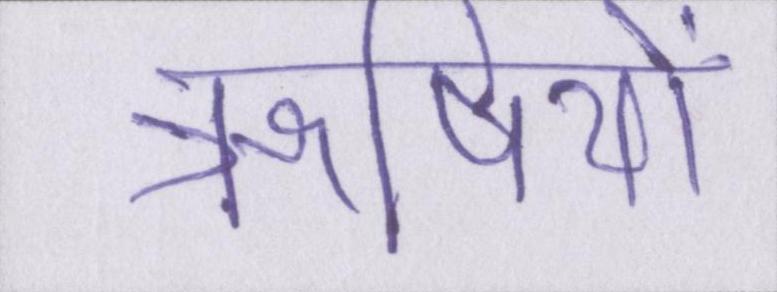
ॠषियों